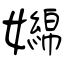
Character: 嬵